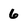
Character: 6